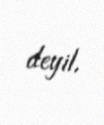
deyil.